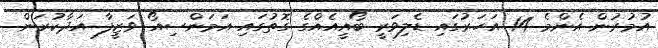
އުމުރުން އެންމެ 14 އަހަރުގައި ޑެލިވަރީ ބޯއީއެއްގެ ގޮތުގައި އަމަންސިއޯ ވަޒީފާ އަދާކުރަން